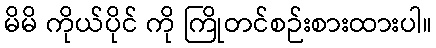
မိမိ ကိုယ်ပိုင် ကို ကြိုတင်စဉ်းစားထားပါ။